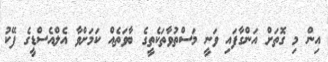
އިން މި ގޮތަށް އަންގާފައި ވަނީ މަސްތުވާތަކެތީގެ ބާވަތެއް ކަމަށްވާ އެލްއެސްޑީގެ ފޭކު